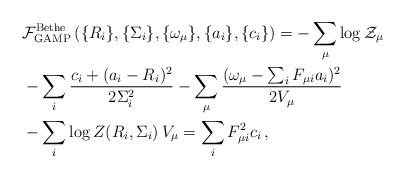
\begin{align*}&{\cal F}^{\rm Bethe}_{\rm GAMP}\left(\{R_i\},\{\Sigma_i\},\{\omega_{\mu}\}, \{a_i\},\{c_i\}\right) =-\sum_{\mu} \log {\cal Z}_{\mu} \\&- \sum_i \frac {c_i+(a_i-R_i)^2}{2\Sigma^2_i} - \sum_{\mu} \frac{(\omega_{\mu}-\sum_i F_{\mu i} a_i)^2}{2V_{\mu}} \\&- \sum_i \log{{Z}(R_i,\Sigma_i)}\, V_{\mu} = \sum_iF_{\mu i}^2c_i\, ,\end{align*}